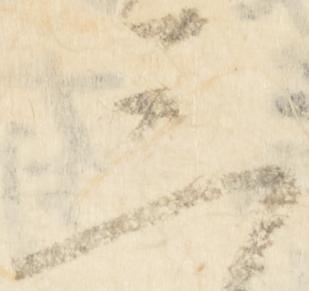
三